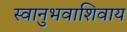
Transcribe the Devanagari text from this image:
स्वानुभवाशिवाय